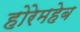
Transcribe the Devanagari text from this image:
होरेमहेब